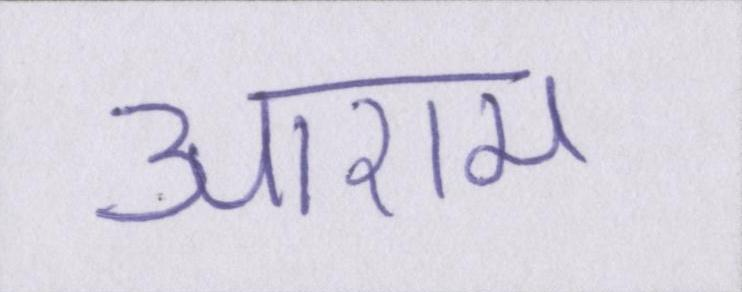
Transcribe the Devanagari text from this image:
आराम